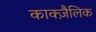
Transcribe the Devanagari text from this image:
काक्ज़ैलिक